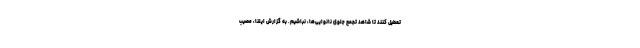
تعطیل کنند تا شاهد تجمع جلوی نانوایی‌ها، نباشیم. به گزارش ایلنا، مصیب